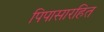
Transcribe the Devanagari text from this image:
पिपासारहित